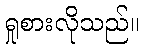
ရှုစားလိုသည်။